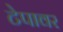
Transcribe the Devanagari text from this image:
टेपावर